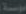
موسسة